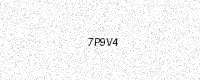
Text: 7P9V4